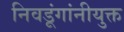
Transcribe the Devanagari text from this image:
निवडूंगांनीयुक्त